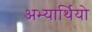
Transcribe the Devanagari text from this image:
अभ्यार्थियो